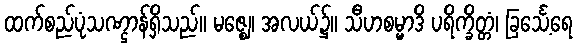
ထက်စည်ပုံသဏ္ဌာန်ရှိသည်။ မဇ္ဈေ၊ အလယ်၌။ သီဟစမ္မာဒိ ပရိက္ခိတ္တံ၊ ခြင်္သေ့ရေ